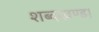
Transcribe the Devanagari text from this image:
शब्दखण्ड।